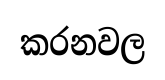
කරනවල